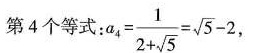
第4个等式： a_{4}= \frac{1}{2+ \sqrt{5}}= \sqrt{5}-2,